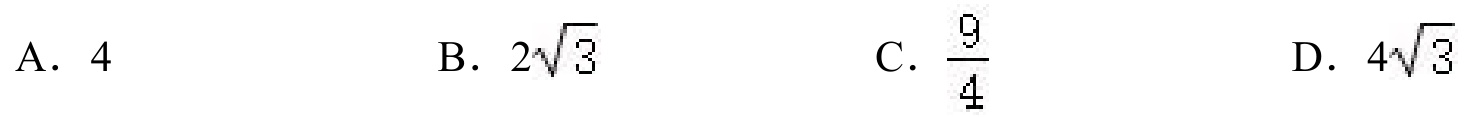
A. \(4\)
B. \(2\sqrt{3}\)
C. \(\frac{9}{4}\)
D. \(4\sqrt{3}\)